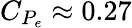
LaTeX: C_{P_{e}}\approx 0.27